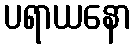
ပရာယနော